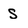
Character: s